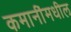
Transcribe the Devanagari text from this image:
कमानींमधील